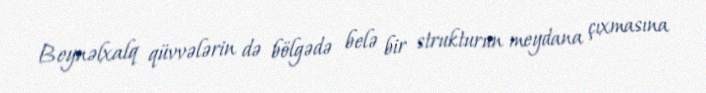
Beynəlxalq qüvvələrin də bölgədə belə bir strukturun meydana çıxmasına